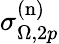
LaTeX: \sigma_{\Omega,2p}^{(\mathrm{n})}